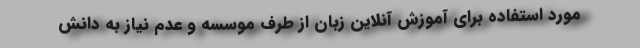
مورد استفاده برای آموزش آنلاین زبان از طرف موسسه و عدم نیاز به دانش